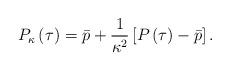
LaTeX: \begin{align*} P_{\kappa}\left(\tau\right) = \bar p + \frac{1}{\kappa^{2}}\left[ P\left(\tau\right)-\bar p\right].\end{align*}